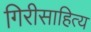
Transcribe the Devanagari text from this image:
गिरीसाहित्य